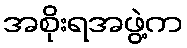
အစိုးရအဖွဲ့က